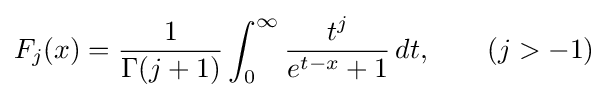
F_{j}(x)={\frac {1}{\Gamma (j+1)}}\int _{0}^{\infty }{\frac {t^{j}}{e^{t-x}+1}}\,dt,\qquad (j>-1)